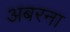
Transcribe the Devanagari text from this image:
अबरना